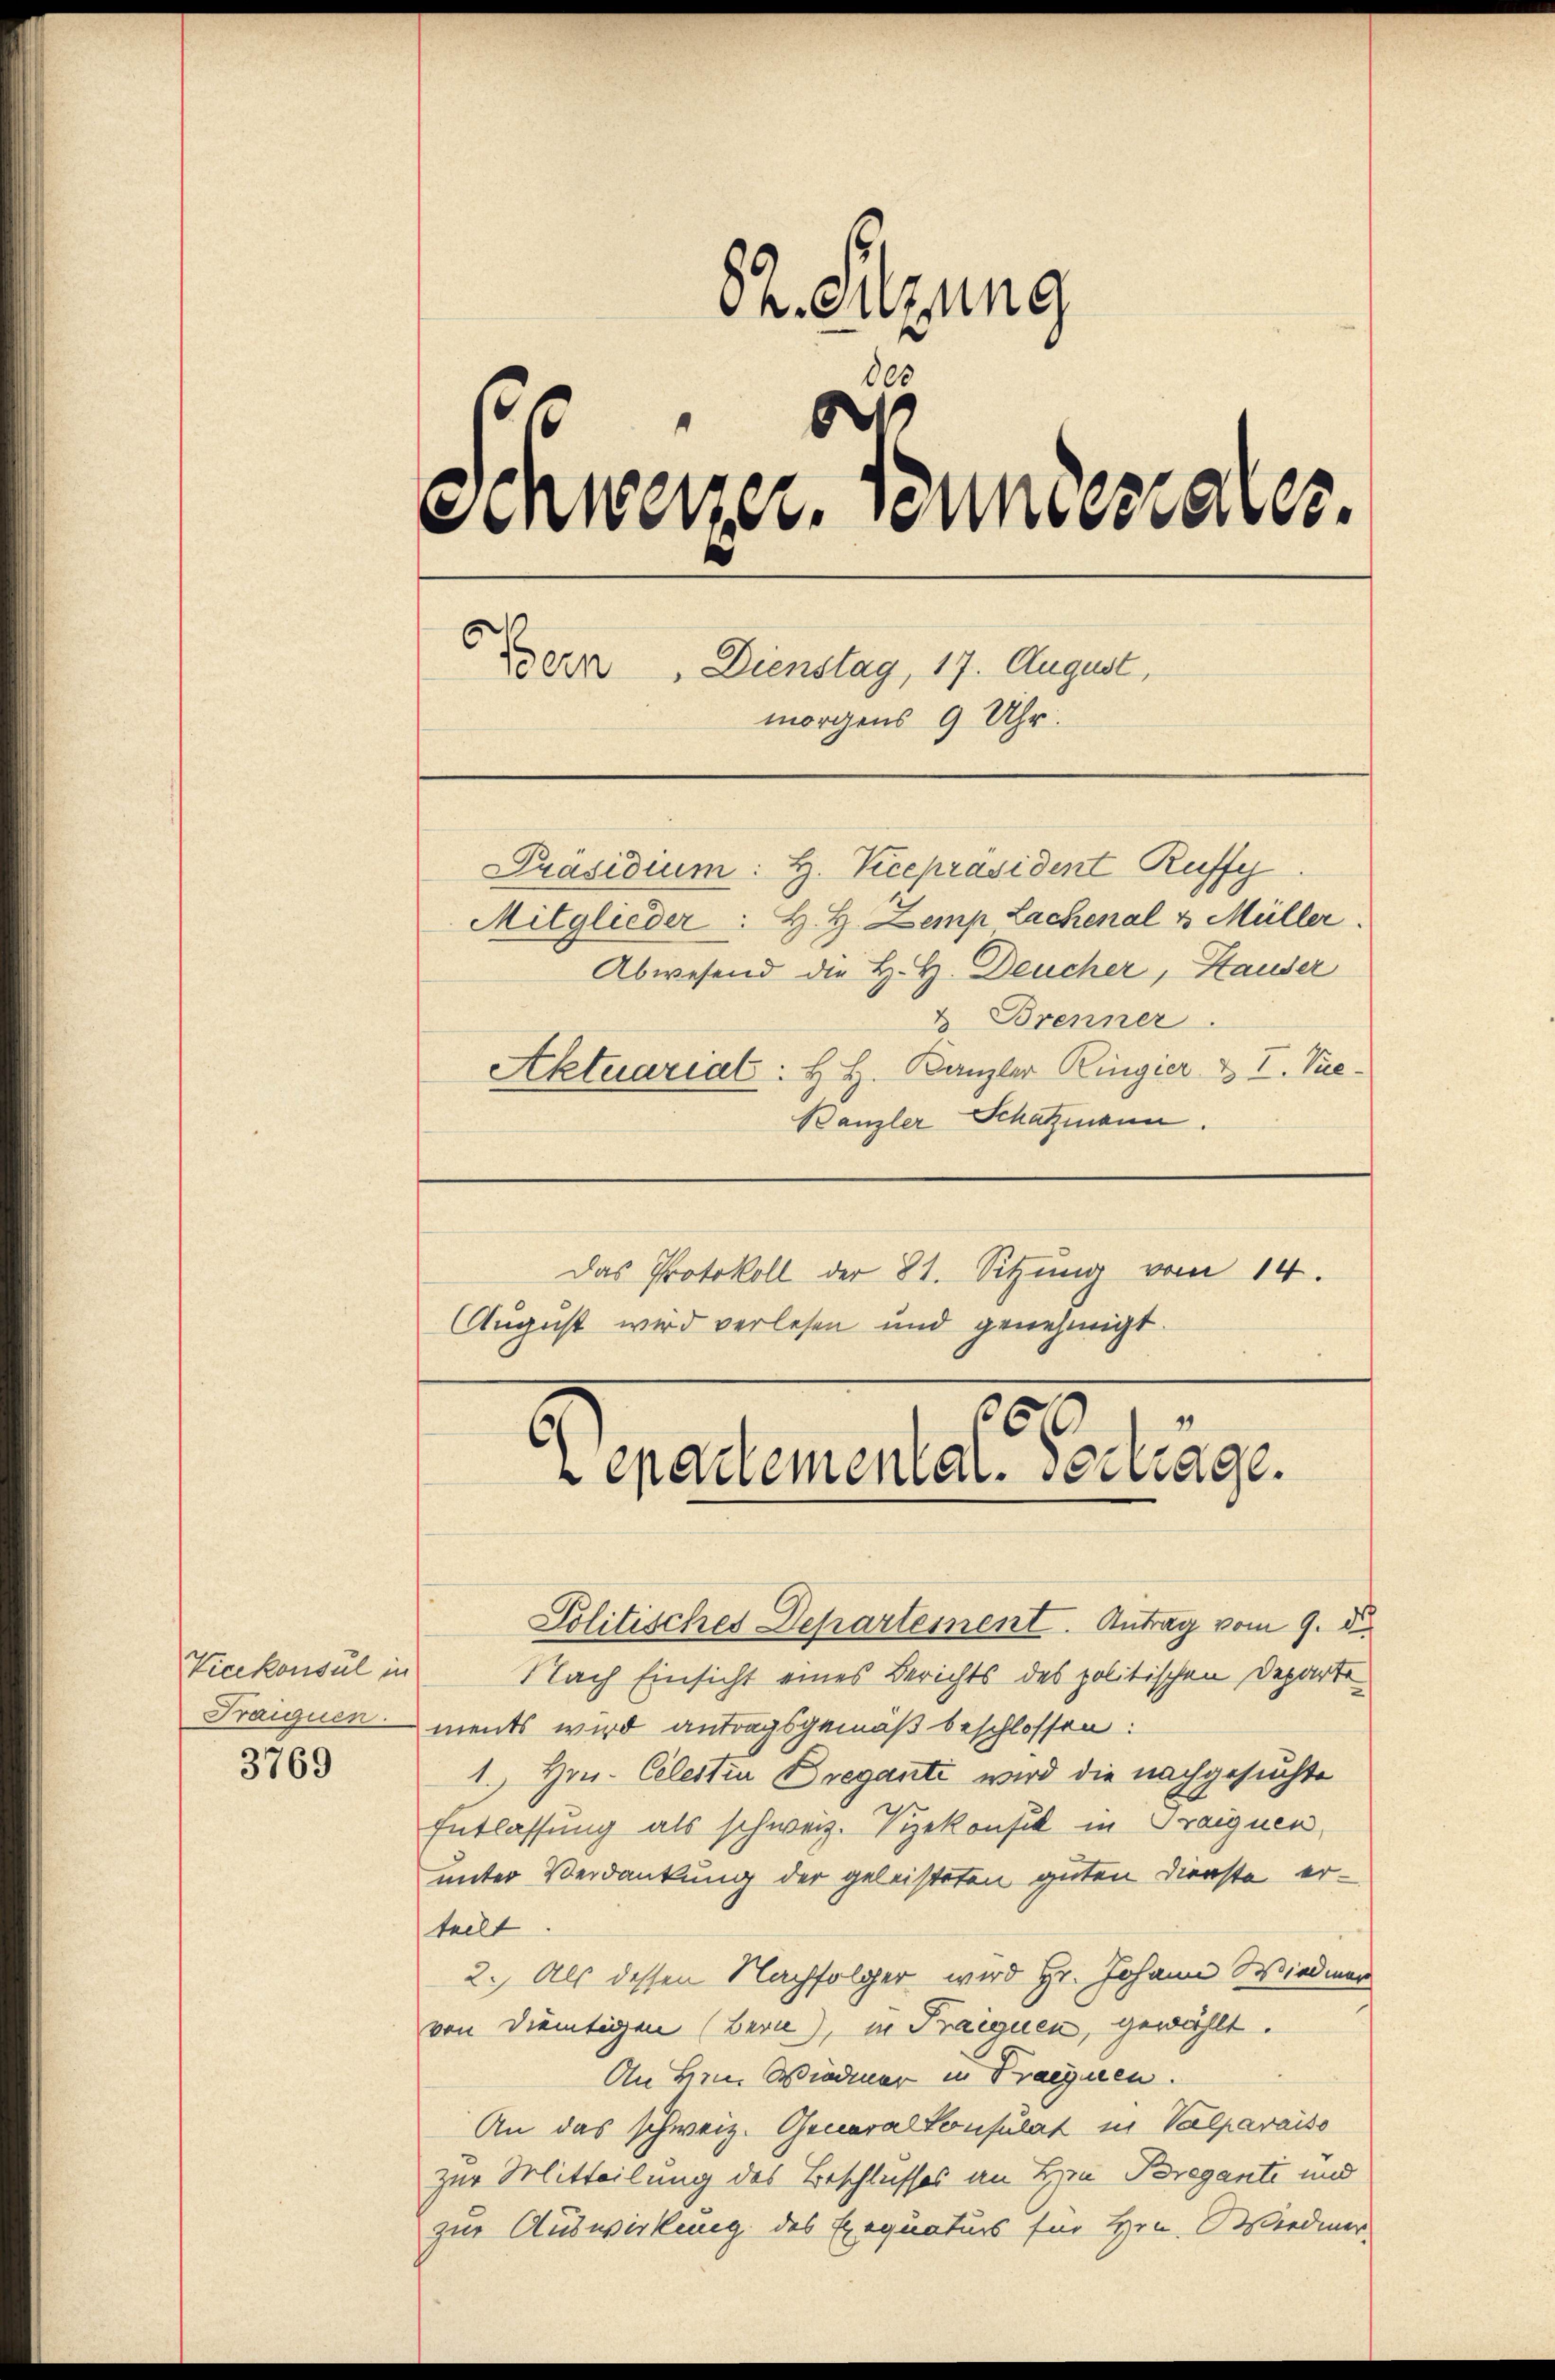
Vicekonsul in
Fraiquen.

3769

82. Sitzung
d
Einweizer. Stundesrates.
Bern, Dienstag, 17. August,
morgens 9 Uhr.
Präsidium: H. Keepräsident Ruffy
Mitglieder: H. H. Zemp Lachenal v. Müller
Abwesend die H. H. Deucher, Hauser
u Brenner
Aktuariat: H. H. Kanzler Ringier & I. Vice.
Banzler Schatzmann.

Das Protokoll der 8t. Sitzung vom 14.
August wird verlesen und genehmigt.

Politisches Departement. Antrag vom 9. d.
Nach Einsicht eines Berichts des politischen Departe
ments wird antragsgemäß beschlossen:
1. Hrn. Celestin Dreganti wird die nachgesuchte
Entlassung als schweiz. Siekonsul in Traiguen
unter Verdankung der geleisteten guten Dienste erteilt
2.) Als dessen Nachfolger wird Hr. Johann Wiedmar
von dientigen (Bern), in Traeguen, gewählt.
An Hrn. Wiedmer in Traeguen.
An das schweiz. General Consulat in Valparaiso
zur Mitteilung des Beschlusses an Hrn. Bregante und
zur Auswirkung des Exequaturs für Hrn. Wiedmer

9
50
Lepartemental getrage.